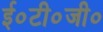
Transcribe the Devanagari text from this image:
ई०टी०जी०